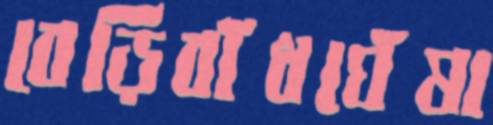
বেড়িবাঁধঘেঁষা